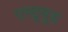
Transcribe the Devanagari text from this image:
एस्ट्र्यूड